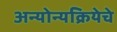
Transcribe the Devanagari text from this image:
अन्योन्यक्रियेचे